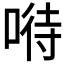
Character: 𠸤